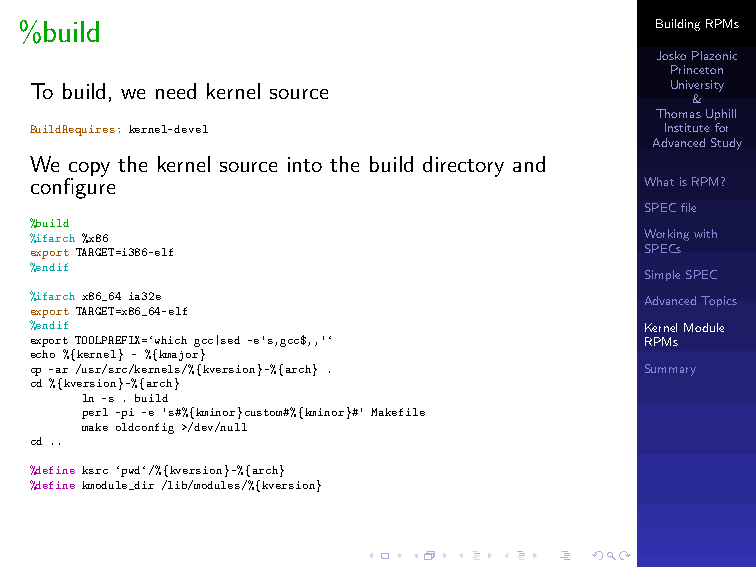
%build                                    BuildingRPMs
 JoskoPlazonic
 Princeton
 To build, we need kernel source           University
 &
 ThomasUphill
 BuildRequires: kernel-devel               Institutefor
 AdvancedStudy
 We copy the kernel source into the build directory and
 configure                                WhatisRPM?
 SPECfile
 %build
 %ifarch %x86                             Workingwith
 export TARGET=i386-elf                   SPECs
 %endif
 SimpleSPEC
 %ifarch x86_64 ia32e                     AdvancedTopics
 export TARGET=x86_64-elf
 %endif                                   KernelModule
 export TOOLPREFIX=‘which gcc|sed -e’s,gcc$,,’‘ RPMs
 echo %{kernel} - %{kmajor}
 cp -ar /usr/src/kernels/%{kversion}-%{arch} . Summary
 cd %{kversion}-%{arch}
 ln -s . build
 perl -pi -e ’s#%{kminor}custom#%{kminor}#’ Makefile
 make oldconfig >/dev/null
 cd ..
 %define ksrc ‘pwd‘/%{kversion}-%{arch}
 %define kmodule_dir /lib/modules/%{kversion}